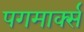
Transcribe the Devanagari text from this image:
पगमार्क्स